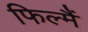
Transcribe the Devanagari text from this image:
फिल्मैं